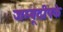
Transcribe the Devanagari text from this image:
जम्बूदीपके